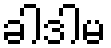
ခါဒါမ